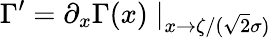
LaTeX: \Gamma^{\prime}=\partial_{x}\Gamma(x)\mid_{x\rightarrow\zeta/(\sqrt{2}\sigma)}